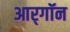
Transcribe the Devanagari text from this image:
आर्‌गॉन